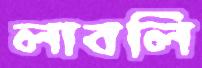
লাবলি